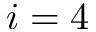
i = 4